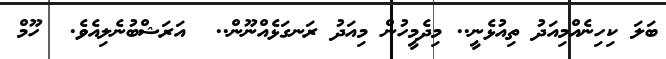
ބަލަ ކިހިނެއްމިއަދު ތިއުޅެނީ.. މިދެމީހުން މިއަދު ރަނގަޅެއްނޫން..  އަރަޝްބުނެލިއެވެ.  ހޫމް